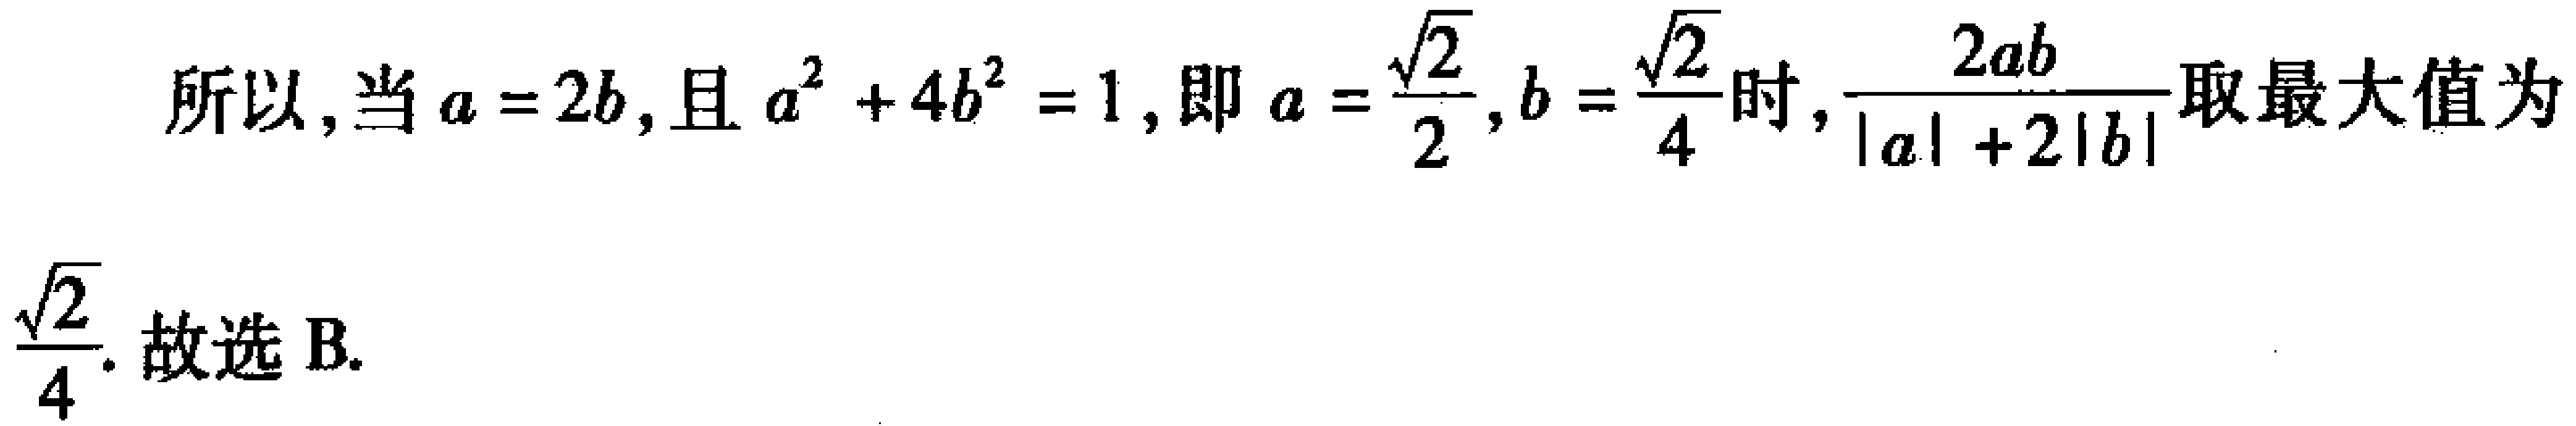
所以, 当\(a = 2b\), 且\(a^{2}+4b^{2}=1\), 即\(a = \frac{\sqrt{2}}{2},b = \frac{\sqrt{2}}{4}\)时, \(\frac{2ab}{|a| + 2|b|}\)取最大值为\(\frac{\sqrt{2}}{4}\). 故选 B.